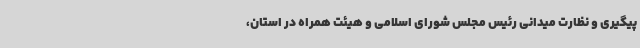
پیگیری و نظارت میدانی رئیس مجلس شورای اسلامی و هیئت همراه در استان،